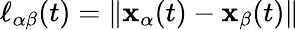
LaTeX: \ell_{\alpha\beta}(t)=\| \mathbf{x}_{\alpha}(t)-\mathbf{x}_{\beta}(t)\|